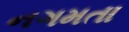
નગમતા